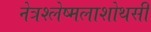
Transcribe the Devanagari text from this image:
नेत्रश्लेष्मलाशोथसी